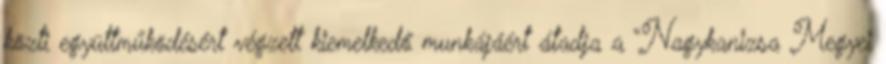
közti együttműködésért végzett kiemelkedő munkájáért átadja a “Nagykanizsa Megyei